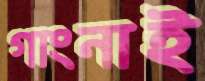
গাংনাই